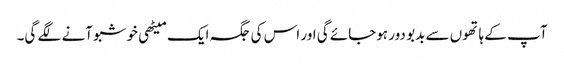
آپ کے ہاتھوں سے بدبو دور ہوجائے گی اور اس کی جگہ ایک میٹھی خوشبو آنے لگے گی۔